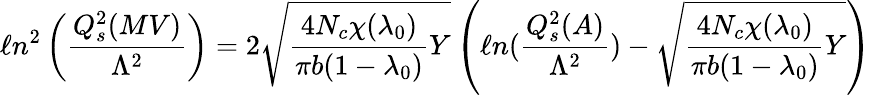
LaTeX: \ell n^{2}\left({\frac{Q_{s}^{2}(MV)}{\Lambda^{2}}}\right)=2{\sqrt{{\frac{4N_{c}\chi(\lambda_{0})}{\pi b(1-\lambda_{0})}}Y}}\left(\ell n({\frac{Q_{s}^{2}(A)}{\Lambda^{2}}})-{\sqrt{{\frac{4N_{c}\chi(\lambda_{0})}{\pi b(1-\lambda_{0})}}Y}}\right)